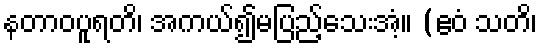
နတာဝပူရတိ၊ အကယ်၍မပြည့်သေးအံ့။ (ဧဝံ သတိ၊